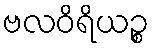
ဗလဝိရိယဉ္စ